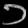
Digit: ၁